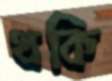
থকি